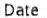
DATE